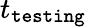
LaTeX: t_{\tt testing}